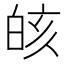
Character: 𰤗